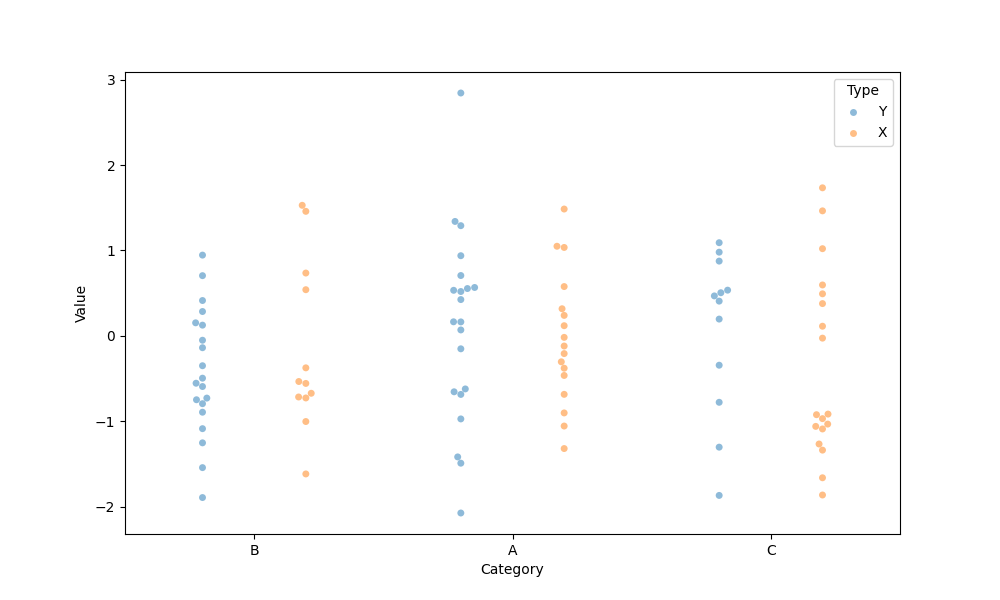
python, seaborn, swarmplot, dodge=True, alpha=0.5, size=5